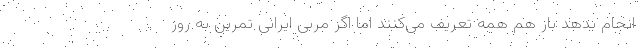
انجام بدهد باز هم همه تعریف می‌کنند اما اگر مربی ایرانی تمرین به روز